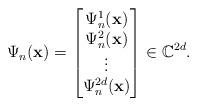
LaTeX: \begin{align*}\Psi_{n}( {\bf x} )=\begin{bmatrix}\Psi^{1}_{n}( {\bf x} ) \\ \Psi^{2}_{n}( {\bf x} ) \\ \vdots \\ \Psi^{2d}_{n}( {\bf x} ) \end{bmatrix} \in \mathbb{C}^{2d}.\end{align*}